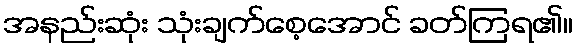
အနည်းဆုံး သုံးချက်စေ့အောင် ခတ်ကြရ၏။